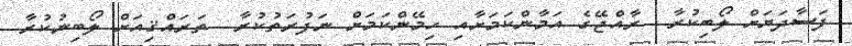
ފަސާދަޔަށް ލޯބިކުރާ  ރާއްޖޭގެ އަމާންކަމަށާއި ހިމޭންކަމަށް ނަފުރަތުކުރާ  ތަރައްޤިއަށް ލޯބިނުކުރާ